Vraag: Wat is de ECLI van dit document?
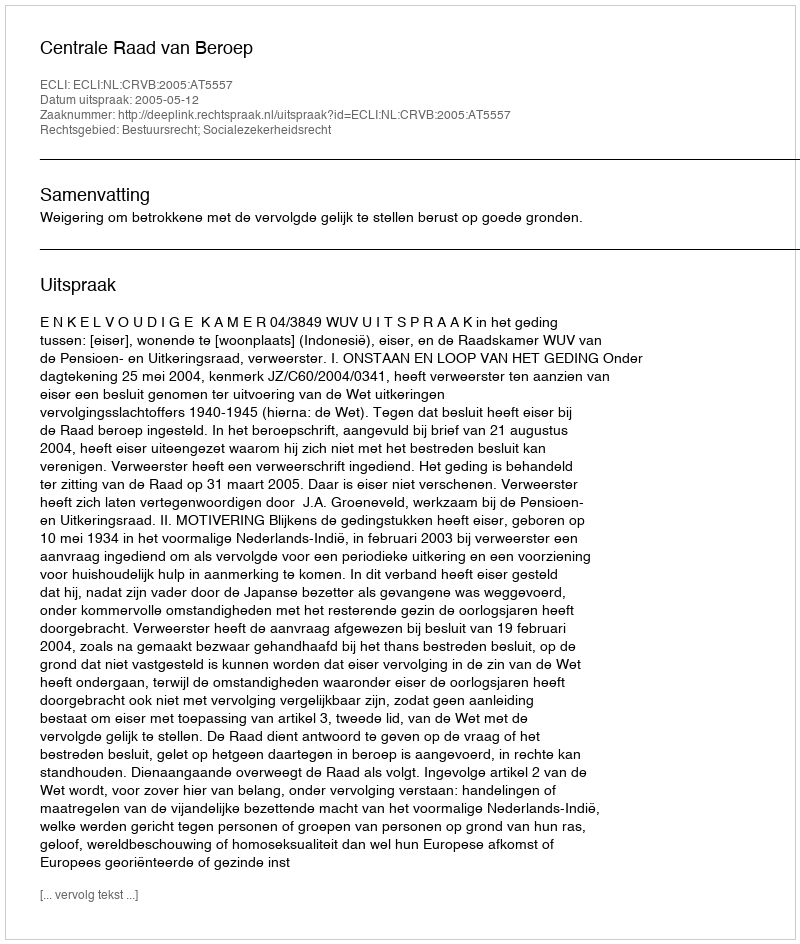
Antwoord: ECLI:NL:CRVB:2005:AT5557